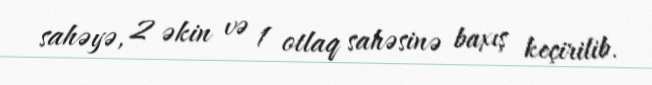
sahəyə, 2 əkin və 1 otlaq sahəsinə baxış keçirilib.